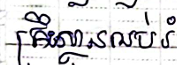
គ្រឹះស្ថានអប់រំ